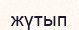
жүтып